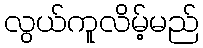
လွယ်ကူလိမ့်မည်